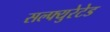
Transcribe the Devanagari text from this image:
सल्फ्युरेटेड